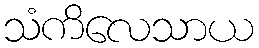
သံကိလေသာယ